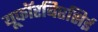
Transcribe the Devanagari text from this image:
यूफॉरबिएसिई